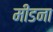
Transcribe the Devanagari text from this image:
मीडना